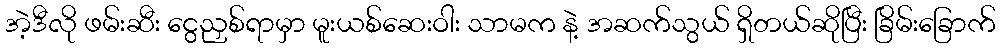
အဲ့ဒီလို ဖမ်းဆီး ငွေညှစ်ရာမှာ မူးယစ်ဆေးဝါး သာမက နဲ့ အဆက်သွယ် ရှိတယ်ဆိုပြီး ခြိမ်းခြောက်